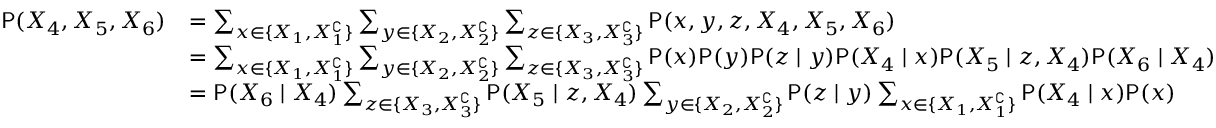
\begin{array} { r l } { \mathsf P ( X _ { 4 } , X _ { 5 } , X _ { 6 } ) } & { = \sum _ { x \in \{ X _ { 1 } , X _ { 1 } ^ { \complement } \} } \sum _ { y \in \{ X _ { 2 } , X _ { 2 } ^ { \complement } \} } \sum _ { z \in \{ X _ { 3 } , X _ { 3 } ^ { \complement } \} } \mathsf P ( x , y , z , X _ { 4 } , X _ { 5 } , X _ { 6 } ) } \\ & { = \sum _ { x \in \{ X _ { 1 } , X _ { 1 } ^ { \complement } \} } \sum _ { y \in \{ X _ { 2 } , X _ { 2 } ^ { \complement } \} } \sum _ { z \in \{ X _ { 3 } , X _ { 3 } ^ { \complement } \} } \mathsf P ( x ) \mathsf P ( y ) \mathsf P ( z \mid y ) \mathsf P ( X _ { 4 } \mid x ) \mathsf P ( X _ { 5 } \mid z , X _ { 4 } ) \mathsf P ( X _ { 6 } \mid X _ { 4 } ) } \\ & { = \mathsf P ( X _ { 6 } \mid X _ { 4 } ) \sum _ { z \in \{ X _ { 3 } , X _ { 3 } ^ { \complement } \} } \mathsf P ( X _ { 5 } \mid z , X _ { 4 } ) \sum _ { y \in \{ X _ { 2 } , X _ { 2 } ^ { \complement } \} } \mathsf P ( z \mid y ) \sum _ { x \in \{ X _ { 1 } , X _ { 1 } ^ { \complement } \} } \mathsf P ( X _ { 4 } \mid x ) \mathsf P ( x ) } \end{array}